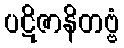
ပဋိဇာနိတဗ္ဗံ